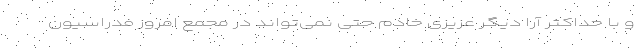
و با حداکثر آرا دیگر عزیزی خادم حتی نمی‌تواند در مجمع امروز فدراسیون